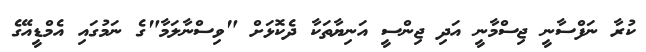
ކުރާ ނަފްސާނީ ޖިސްމާނީ އަދި ޖިންސީ އަނިޔާތަކާ ދެކޮޅަށް "ވިސްނާލަމާ"ގެ ނަމުގައި އެމްޑީއޭގެ